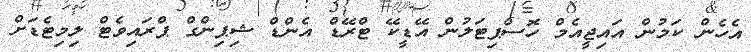
އެހެން ކަމުން އައިޖީއެމް ހޮސްޕިޓަލުން އޭޑީކޭ ޓްރޭޑް އެންޑް ޝިޕިންގް ޕްރައިވެޓް ލިމިޓެޑަށް